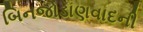
બિનજોડાણવાદની